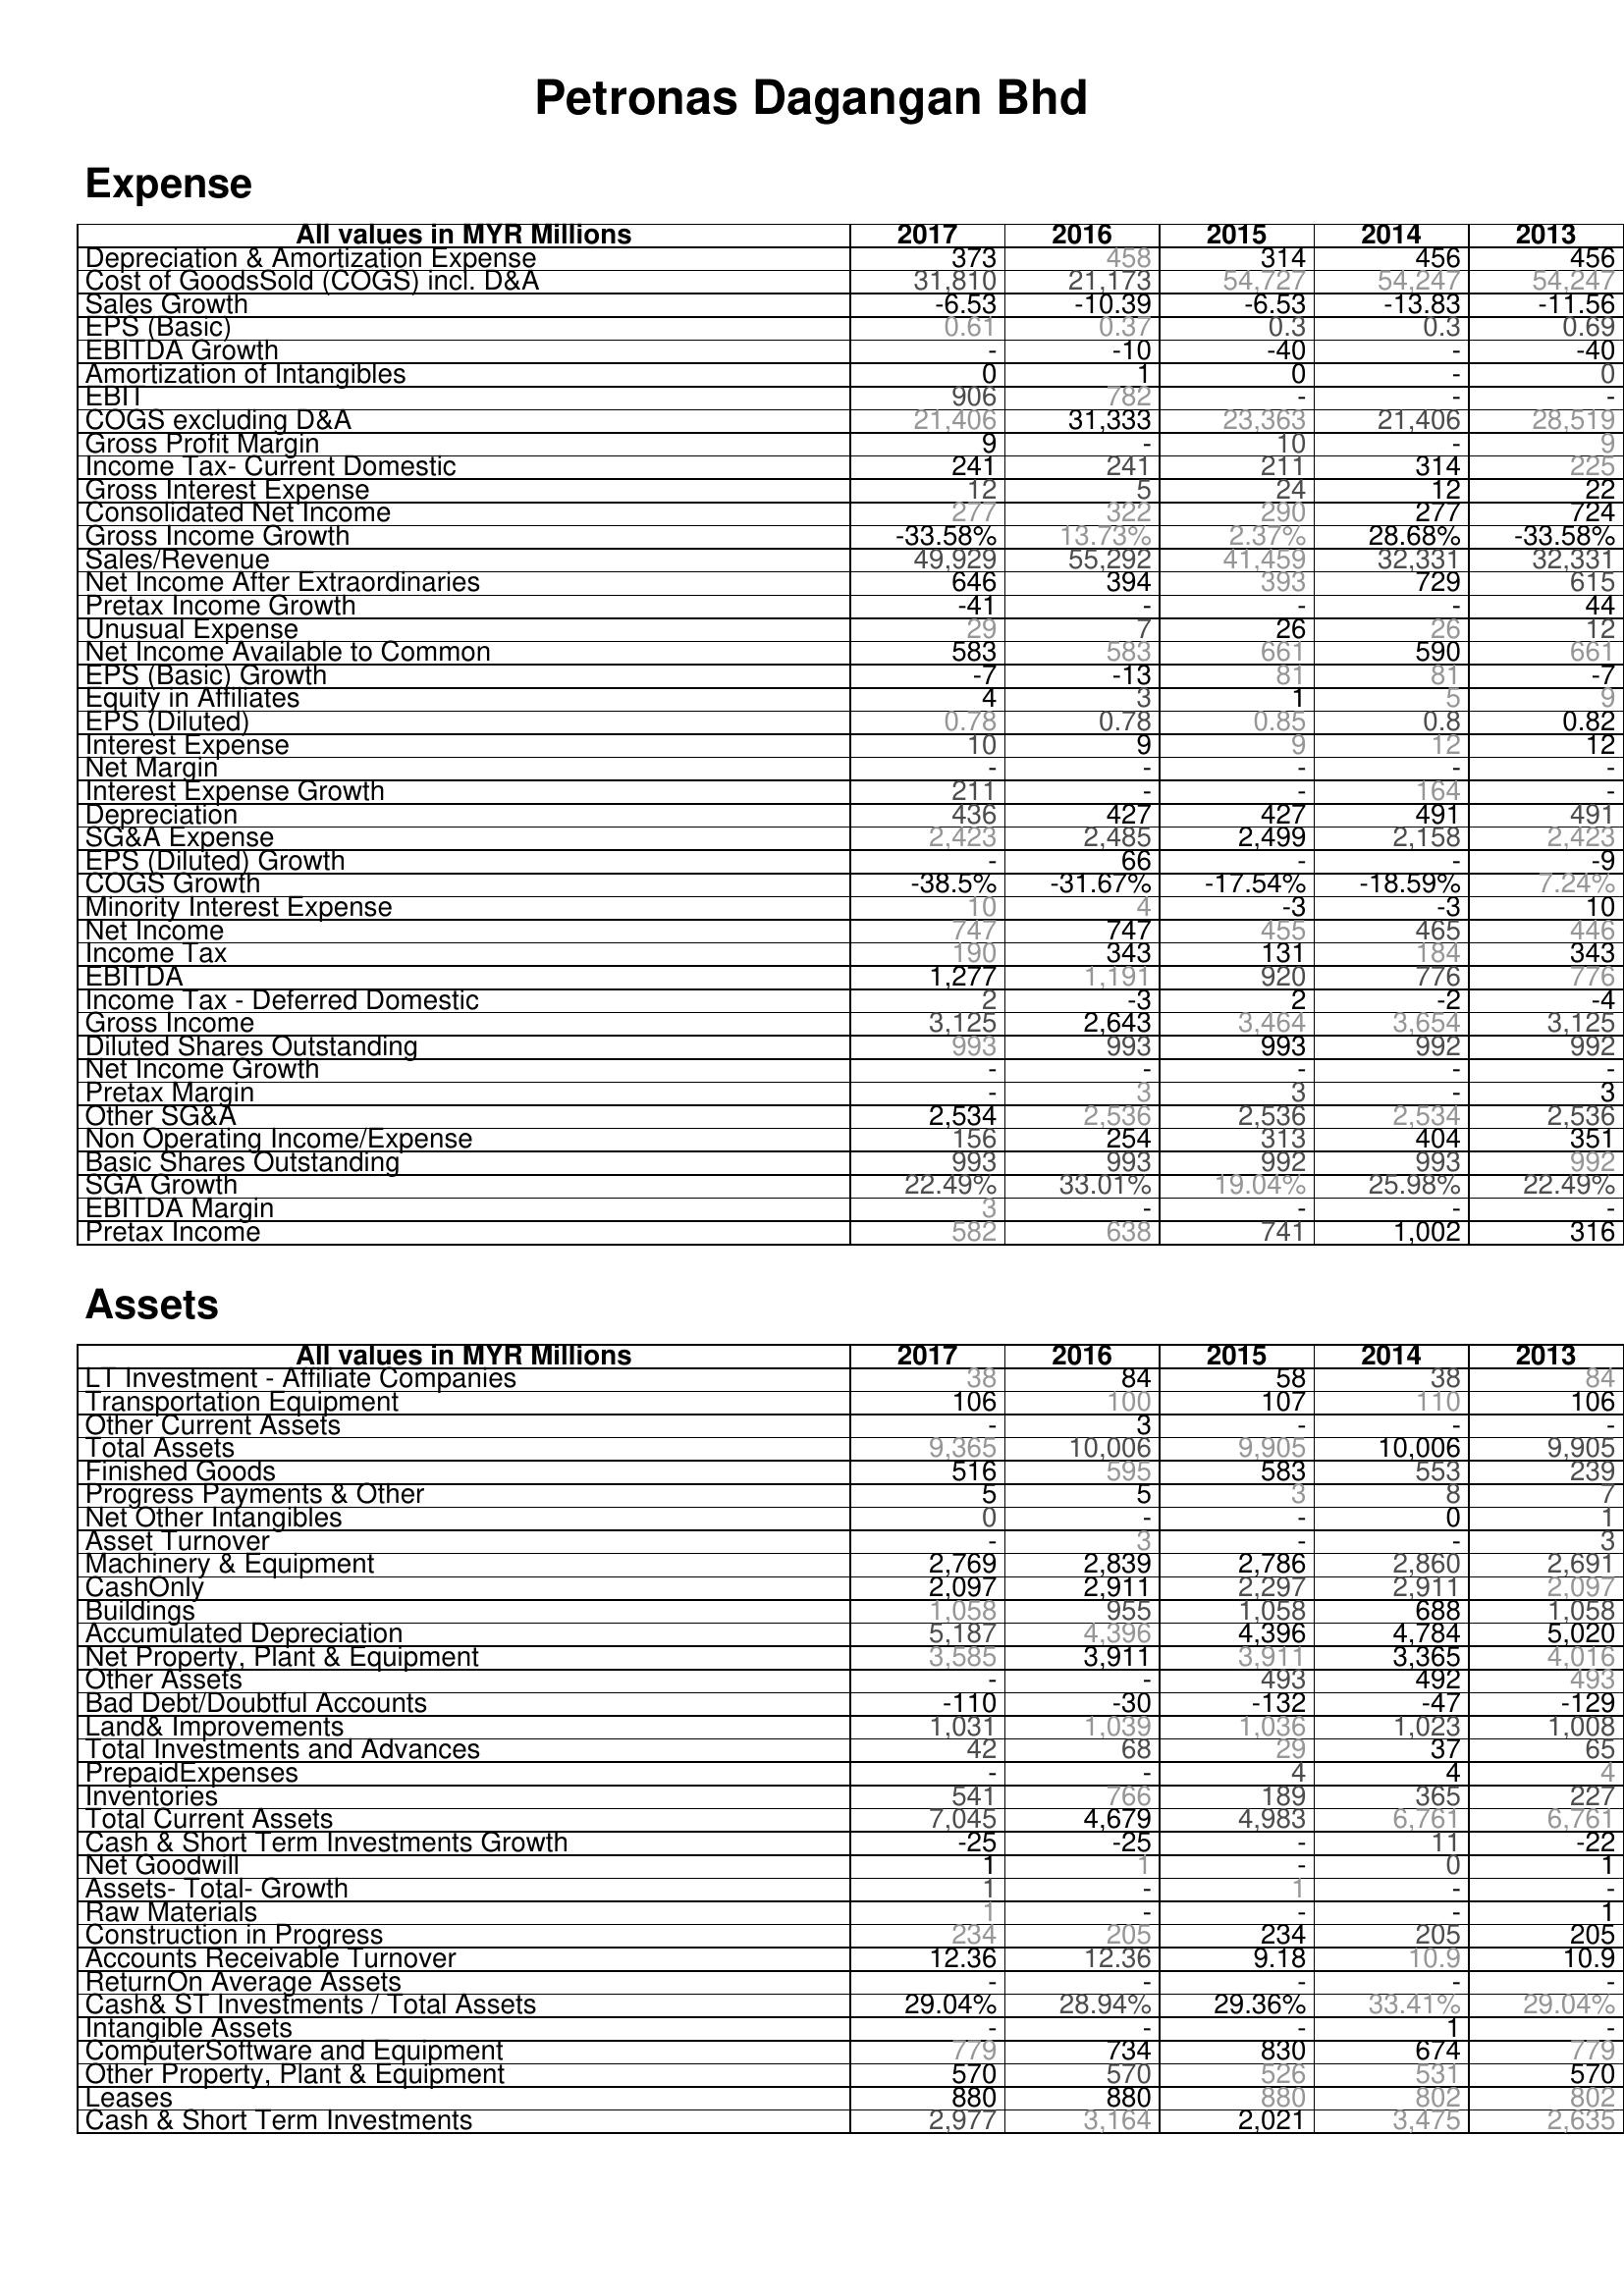
2017: Expense: Depreciation & Amortization Expense: 373
Cost of GoodsSold (COGS) incl. D&A: 31,810
Sales Growth: -6.53
EPS (Basic): 0.61
EBITDA Growth: -
Amortization of Intangibles: 0
EBIT: 906
COGS excluding D&A: 21,406
Gross Profit Margin: 9
Income Tax- Current Domestic: 241
Gross Interest Expense: 12
Consolidated Net Income: 277
Gross Income Growth: -33.58%
Sales/Revenue: 49,929
Net Income After Extraordinaries: 646
Pretax Income Growth: -41
Unusual Expense: 29
Net Income Available to Common: 583
EPS (Basic) Growth: -7
Equity in Affiliates: 4
EPS (Diluted): 0.78
Interest Expense: 10
Net Margin: -
Interest Expense Growth: 211
Depreciation: 436
SG&A Expense: 2,423
EPS (Diluted) Growth: -
COGS Growth: -38.5%
Minority Interest Expense: 10
Net Income: 747
Income Tax: 190
EBITDA: 1,277
Income Tax - Deferred Domestic: 2
Gross Income: 3,125
Diluted Shares Outstanding: 993
Net Income Growth: -
Pretax Margin: -
Other SG&A: 2,534
Non Operating Income/Expense: 156
Basic Shares Outstanding: 993
SGA Growth: 22.49%
EBITDA Margin: 3
Pretax Income: 582
Assets: LT Investment - Affiliate Companies: 38
Transportation Equipment: 106
Other Current Assets: -
Total Assets: 9,365
Finished Goods: 516
Progress Payments & Other: 5
Net Other Intangibles: 0
Asset Turnover: -
Machinery & Equipment: 2,769
CashOnly: 2,097
Buildings: 1,058
Accumulated Depreciation: 5,187
Net Property, Plant & Equipment: 3,585
Other Assets: -
Bad Debt/Doubtful Accounts: -110
Land& Improvements: 1,031
Total Investments and Advances: 42
PrepaidExpenses: -
Inventories: 541
Total Current Assets: 7,045
Cash & Short Term Investments Growth: -25
Net Goodwill: 1
Assets- Total- Growth: 1
Raw Materials: 1
Construction in Progress: 234
Accounts Receivable Turnover: 12.36
ReturnOn Average Assets: -
Cash& ST Investments / Total Assets: 29.04%
Intangible Assets: -
ComputerSoftware and Equipment: 779
Other Property, Plant & Equipment: 570
Leases: 880
Cash & Short Term Investments: 2,977
2016: Expense: Depreciation & Amortization Expense: 458
Cost of GoodsSold (COGS) incl. D&A: 21,173
Sales Growth: -10.39
EPS (Basic): 0.37
EBITDA Growth: -10
Amortization of Intangibles: 1
EBIT: 782
COGS excluding D&A: 31,333
Gross Profit Margin: -
Income Tax- Current Domestic: 241
Gross Interest Expense: 5
Consolidated Net Income: 322
Gross Income Growth: 13.73%
Sales/Revenue: 55,292
Net Income After Extraordinaries: 394
Pretax Income Growth: -
Unusual Expense: 7
Net Income Available to Common: 583
EPS (Basic) Growth: -13
Equity in Affiliates: 3
EPS (Diluted): 0.78
Interest Expense: 9
Net Margin: -
Interest Expense Growth: -
Depreciation: 427
SG&A Expense: 2,485
EPS (Diluted) Growth: 66
COGS Growth: -31.67%
Minority Interest Expense: 4
Net Income: 747
Income Tax: 343
EBITDA: 1,191
Income Tax - Deferred Domestic: -3
Gross Income: 2,643
Diluted Shares Outstanding: 993
Net Income Growth: -
Pretax Margin: 3
Other SG&A: 2,536
Non Operating Income/Expense: 254
Basic Shares Outstanding: 993
SGA Growth: 33.01%
EBITDA Margin: -
Pretax Income: 638
Assets: LT Investment - Affiliate Companies: 84
Transportation Equipment: 100
Other Current Assets: 3
Total Assets: 10,006
Finished Goods: 595
Progress Payments & Other: 5
Net Other Intangibles: -
Asset Turnover: 3
Machinery & Equipment: 2,839
CashOnly: 2,911
Buildings: 955
Accumulated Depreciation: 4,396
Net Property, Plant & Equipment: 3,911
Other Assets: -
Bad Debt/Doubtful Accounts: -30
Land& Improvements: 1,039
Total Investments and Advances: 68
PrepaidExpenses: -
Inventories: 766
Total Current Assets: 4,679
Cash & Short Term Investments Growth: -25
Net Goodwill: 1
Assets- Total- Growth: -
Raw Materials: -
Construction in Progress: 205
Accounts Receivable Turnover: 12.36
ReturnOn Average Assets: -
Cash& ST Investments / Total Assets: 28.94%
Intangible Assets: -
ComputerSoftware and Equipment: 734
Other Property, Plant & Equipment: 570
Leases: 880
Cash & Short Term Investments: 3,164
2015: Expense: Depreciation & Amortization Expense: 314
Cost of GoodsSold (COGS) incl. D&A: 54,727
Sales Growth: -6.53
EPS (Basic): 0.3
EBITDA Growth: -40
Amortization of Intangibles: 0
EBIT: -
COGS excluding D&A: 23,363
Gross Profit Margin: 10
Income Tax- Current Domestic: 211
Gross Interest Expense: 24
Consolidated Net Income: 290
Gross Income Growth: 2.37%
Sales/Revenue: 41,459
Net Income After Extraordinaries: 393
Pretax Income Growth: -
Unusual Expense: 26
Net Income Available to Common: 661
EPS (Basic) Growth: 81
Equity in Affiliates: 1
EPS (Diluted): 0.85
Interest Expense: 9
Net Margin: -
Interest Expense Growth: -
Depreciation: 427
SG&A Expense: 2,499
EPS (Diluted) Growth: -
COGS Growth: -17.54%
Minority Interest Expense: -3
Net Income: 455
Income Tax: 131
EBITDA: 920
Income Tax - Deferred Domestic: 2
Gross Income: 3,464
Diluted Shares Outstanding: 993
Net Income Growth: -
Pretax Margin: 3
Other SG&A: 2,536
Non Operating Income/Expense: 313
Basic Shares Outstanding: 992
SGA Growth: 19.04%
EBITDA Margin: -
Pretax Income: 741
Assets: LT Investment - Affiliate Companies: 58
Transportation Equipment: 107
Other Current Assets: -
Total Assets: 9,905
Finished Goods: 583
Progress Payments & Other: 3
Net Other Intangibles: -
Asset Turnover: -
Machinery & Equipment: 2,786
CashOnly: 2,297
Buildings: 1,058
Accumulated Depreciation: 4,396
Net Property, Plant & Equipment: 3,911
Other Assets: 493
Bad Debt/Doubtful Accounts: -132
Land& Improvements: 1,036
Total Investments and Advances: 29
PrepaidExpenses: 4
Inventories: 189
Total Current Assets: 4,983
Cash & Short Term Investments Growth: -
Net Goodwill: -
Assets- Total- Growth: 1
Raw Materials: -
Construction in Progress: 234
Accounts Receivable Turnover: 9.18
ReturnOn Average Assets: -
Cash& ST Investments / Total Assets: 29.36%
Intangible Assets: -
ComputerSoftware and Equipment: 830
Other Property, Plant & Equipment: 526
Leases: 880
Cash & Short Term Investments: 2,021
2014: Expense: Depreciation & Amortization Expense: 456
Cost of GoodsSold (COGS) incl. D&A: 54,247
Sales Growth: -13.83
EPS (Basic): 0.3
EBITDA Growth: -
Amortization of Intangibles: -
EBIT: -
COGS excluding D&A: 21,406
Gross Profit Margin: -
Income Tax- Current Domestic: 314
Gross Interest Expense: 12
Consolidated Net Income: 277
Gross Income Growth: 28.68%
Sales/Revenue: 32,331
Net Income After Extraordinaries: 729
Pretax Income Growth: -
Unusual Expense: 26
Net Income Available to Common: 590
EPS (Basic) Growth: 81
Equity in Affiliates: 5
EPS (Diluted): 0.8
Interest Expense: 12
Net Margin: -
Interest Expense Growth: 164
Depreciation: 491
SG&A Expense: 2,158
EPS (Diluted) Growth: -
COGS Growth: -18.59%
Minority Interest Expense: -3
Net Income: 465
Income Tax: 184
EBITDA: 776
Income Tax - Deferred Domestic: -2
Gross Income: 3,654
Diluted Shares Outstanding: 992
Net Income Growth: -
Pretax Margin: -
Other SG&A: 2,534
Non Operating Income/Expense: 404
Basic Shares Outstanding: 993
SGA Growth: 25.98%
EBITDA Margin: -
Pretax Income: 1,002
Assets: LT Investment - Affiliate Companies: 38
Transportation Equipment: 110
Other Current Assets: -
Total Assets: 10,006
Finished Goods: 553
Progress Payments & Other: 8
Net Other Intangibles: 0
Asset Turnover: -
Machinery & Equipment: 2,860
CashOnly: 2,911
Buildings: 688
Accumulated Depreciation: 4,784
Net Property, Plant & Equipment: 3,365
Other Assets: 492
Bad Debt/Doubtful Accounts: -47
Land& Improvements: 1,023
Total Investments and Advances: 37
PrepaidExpenses: 4
Inventories: 365
Total Current Assets: 6,761
Cash & Short Term Investments Growth: 11
Net Goodwill: 0
Assets- Total- Growth: -
Raw Materials: -
Construction in Progress: 205
Accounts Receivable Turnover: 10.9
ReturnOn Average Assets: -
Cash& ST Investments / Total Assets: 33.41%
Intangible Assets: 1
ComputerSoftware and Equipment: 674
Other Property, Plant & Equipment: 531
Leases: 802
Cash & Short Term Investments: 3,475
2013: Expense: Depreciation & Amortization Expense: 456
Cost of GoodsSold (COGS) incl. D&A: 54,247
Sales Growth: -11.56
EPS (Basic): 0.69
EBITDA Growth: -40
Amortization of Intangibles: 0
EBIT: -
COGS excluding D&A: 28,519
Gross Profit Margin: 9
Income Tax- Current Domestic: 225
Gross Interest Expense: 22
Consolidated Net Income: 724
Gross Income Growth: -33.58%
Sales/Revenue: 32,331
Net Income After Extraordinaries: 615
Pretax Income Growth: 44
Unusual Expense: 12
Net Income Available to Common: 661
EPS (Basic) Growth: -7
Equity in Affiliates: 9
EPS (Diluted): 0.82
Interest Expense: 12
Net Margin: -
Interest Expense Growth: -
Depreciation: 491
SG&A Expense: 2,423
EPS (Diluted) Growth: -9
COGS Growth: 7.24%
Minority Interest Expense: 10
Net Income: 446
Income Tax: 343
EBITDA: 776
Income Tax - Deferred Domestic: -4
Gross Income: 3,125
Diluted Shares Outstanding: 992
Net Income Growth: -
Pretax Margin: 3
Other SG&A: 2,536
Non Operating Income/Expense: 351
Basic Shares Outstanding: 992
SGA Growth: 22.49%
EBITDA Margin: -
Pretax Income: 316
Assets: LT Investment - Affiliate Companies: 84
Transportation Equipment: 106
Other Current Assets: -
Total Assets: 9,905
Finished Goods: 239
Progress Payments & Other: 7
Net Other Intangibles: 1
Asset Turnover: 3
Machinery & Equipment: 2,691
CashOnly: 2,097
Buildings: 1,058
Accumulated Depreciation: 5,020
Net Property, Plant & Equipment: 4,016
Other Assets: 493
Bad Debt/Doubtful Accounts: -129
Land& Improvements: 1,008
Total Investments and Advances: 65
PrepaidExpenses: 4
Inventories: 227
Total Current Assets: 6,761
Cash & Short Term Investments Growth: -22
Net Goodwill: 1
Assets- Total- Growth: -
Raw Materials: 1
Construction in Progress: 205
Accounts Receivable Turnover: 10.9
ReturnOn Average Assets: -
Cash& ST Investments / Total Assets: 29.04%
Intangible Assets: -
ComputerSoftware and Equipment: 779
Other Property, Plant & Equipment: 570
Leases: 802
Cash & Short Term Investments: 2,635